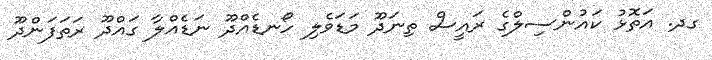
ގދ. އަތޮޅު ކައުންސިލްގެ ރައީސް ތިނަދޫ މަޑަވެލި ހޯނޑެއްދޫ ނަޑެއްލާ ގައްދޫ ރަތަފަންދޫ